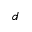
d